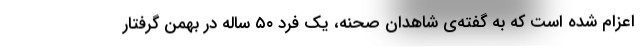
اعزام شده است که به گفته‌ی شاهدان صحنه، یک فرد ۵۰ ساله در بهمن گرفتار